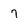
Character: 7